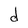
Character: d